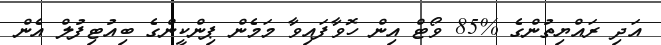
އަދި ރައްޔިތުންގެ %85 ވޯޓް އިން ހޮވާފައިވާ މަމެން ޕިންކީންގެ ބިއުޓިފުލް އެން